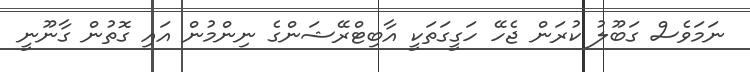
ނަމަވެސް ގަބޫލު ކުރަން ޖެހޭ ހަގީގަތަކީ އާބިޓްރޭޝަންގެ ނިންމުން އައި ގޮތުން ގާނޫނީ